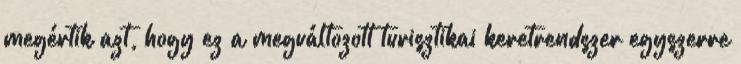
megértik azt, hogy ez a megváltozott turisztikai keretrendszer egyszerre